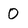
Character: 0